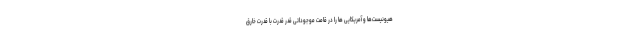
هیونیست‌ها و آمریکایی ها را در قامت موجوداتی قدر قدرت با قدرت خارق